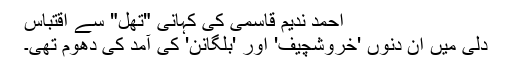
احمد ندیم قاسمی کی کہانی "تھل" سے اقتباس
دلی میں ان دنوں 'خروشچیف' اور 'بلگانن' کی آمد کی دھوم تھی۔